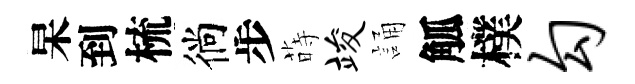
杲到梳徜步蒔竣誦觚樸勾